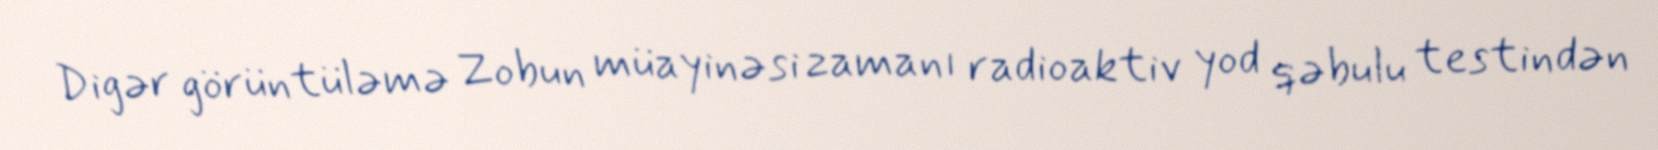
Digər görüntüləmə Zobun müayinəsi zamanı radioaktiv yod qəbulu testindən